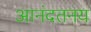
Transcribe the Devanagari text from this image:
आनंदतनय